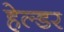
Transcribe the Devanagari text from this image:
हेल्डर